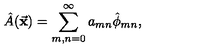
\hat { A } ( \vec { \bf x } ) = \sum _ { m , n = 0 } ^ { \infty } a _ { m n } \hat { \phi } _ { m n } ,